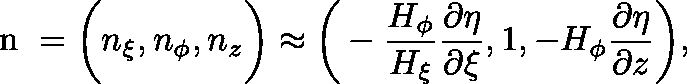
{ \mathrm { ~ \boldmath ~ n ~ } } = \bigg ( n _ { \xi } , n _ { \phi } , n _ { z } \bigg ) \approx \bigg ( - \frac { H _ { \phi } } { H _ { \xi } } \frac { \partial \eta } { \partial \xi } , 1 , - H _ { \phi } \frac { \partial \eta } { \partial z } \bigg ) ,